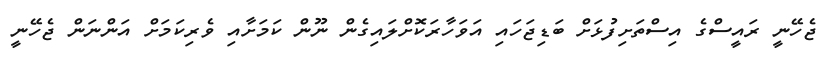
ޖެހޭނީ ރައީސްގެ އިސްތަށިފުޅަށް ބަޑިޖަހައި އަވަހާރަކޮށްލައިގެން ނޫން ކަމަށާއި ވެރިކަމަށް އަންނަން ޖެހޭނީ